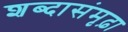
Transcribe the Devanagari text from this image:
शब्दासंमृढ़ा